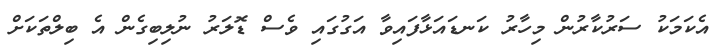
އެކަމަކު ސަރުކާރުން މިހާރު ކަނޑައަޅާފައިވާ އަގުގައި ވެސް ޑޮލަރު ނުލިބިގެން އެ ބިލްތަކަށް